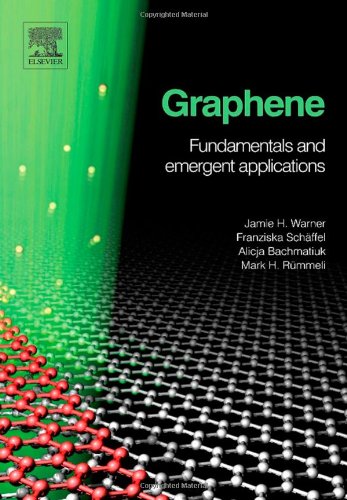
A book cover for Graphene: Fundamentals and emergent applications; Jamie H. Warner; Science & Math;